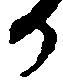
か